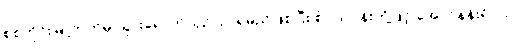
စစ်ကိုင်းမြို့ဘက်မှ သွားရောက်ယှဉ်ပြိုင်ရမည်ဖြစ်ပြီး စံပယ်ပန်းတို့ဖြင့် အောင်နန်းရိပ်သာ